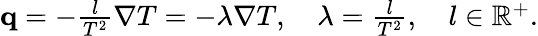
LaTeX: \begin{array}{r}{\mathbf q=-\frac{l}{T^{2}}\nabla T=-\lambda\nabla T,\quad\lambda=\frac{l}{T^{2}},\quad l\in\mathbb R^{+}.}\end{array}